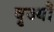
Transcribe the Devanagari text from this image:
वृज्यौ